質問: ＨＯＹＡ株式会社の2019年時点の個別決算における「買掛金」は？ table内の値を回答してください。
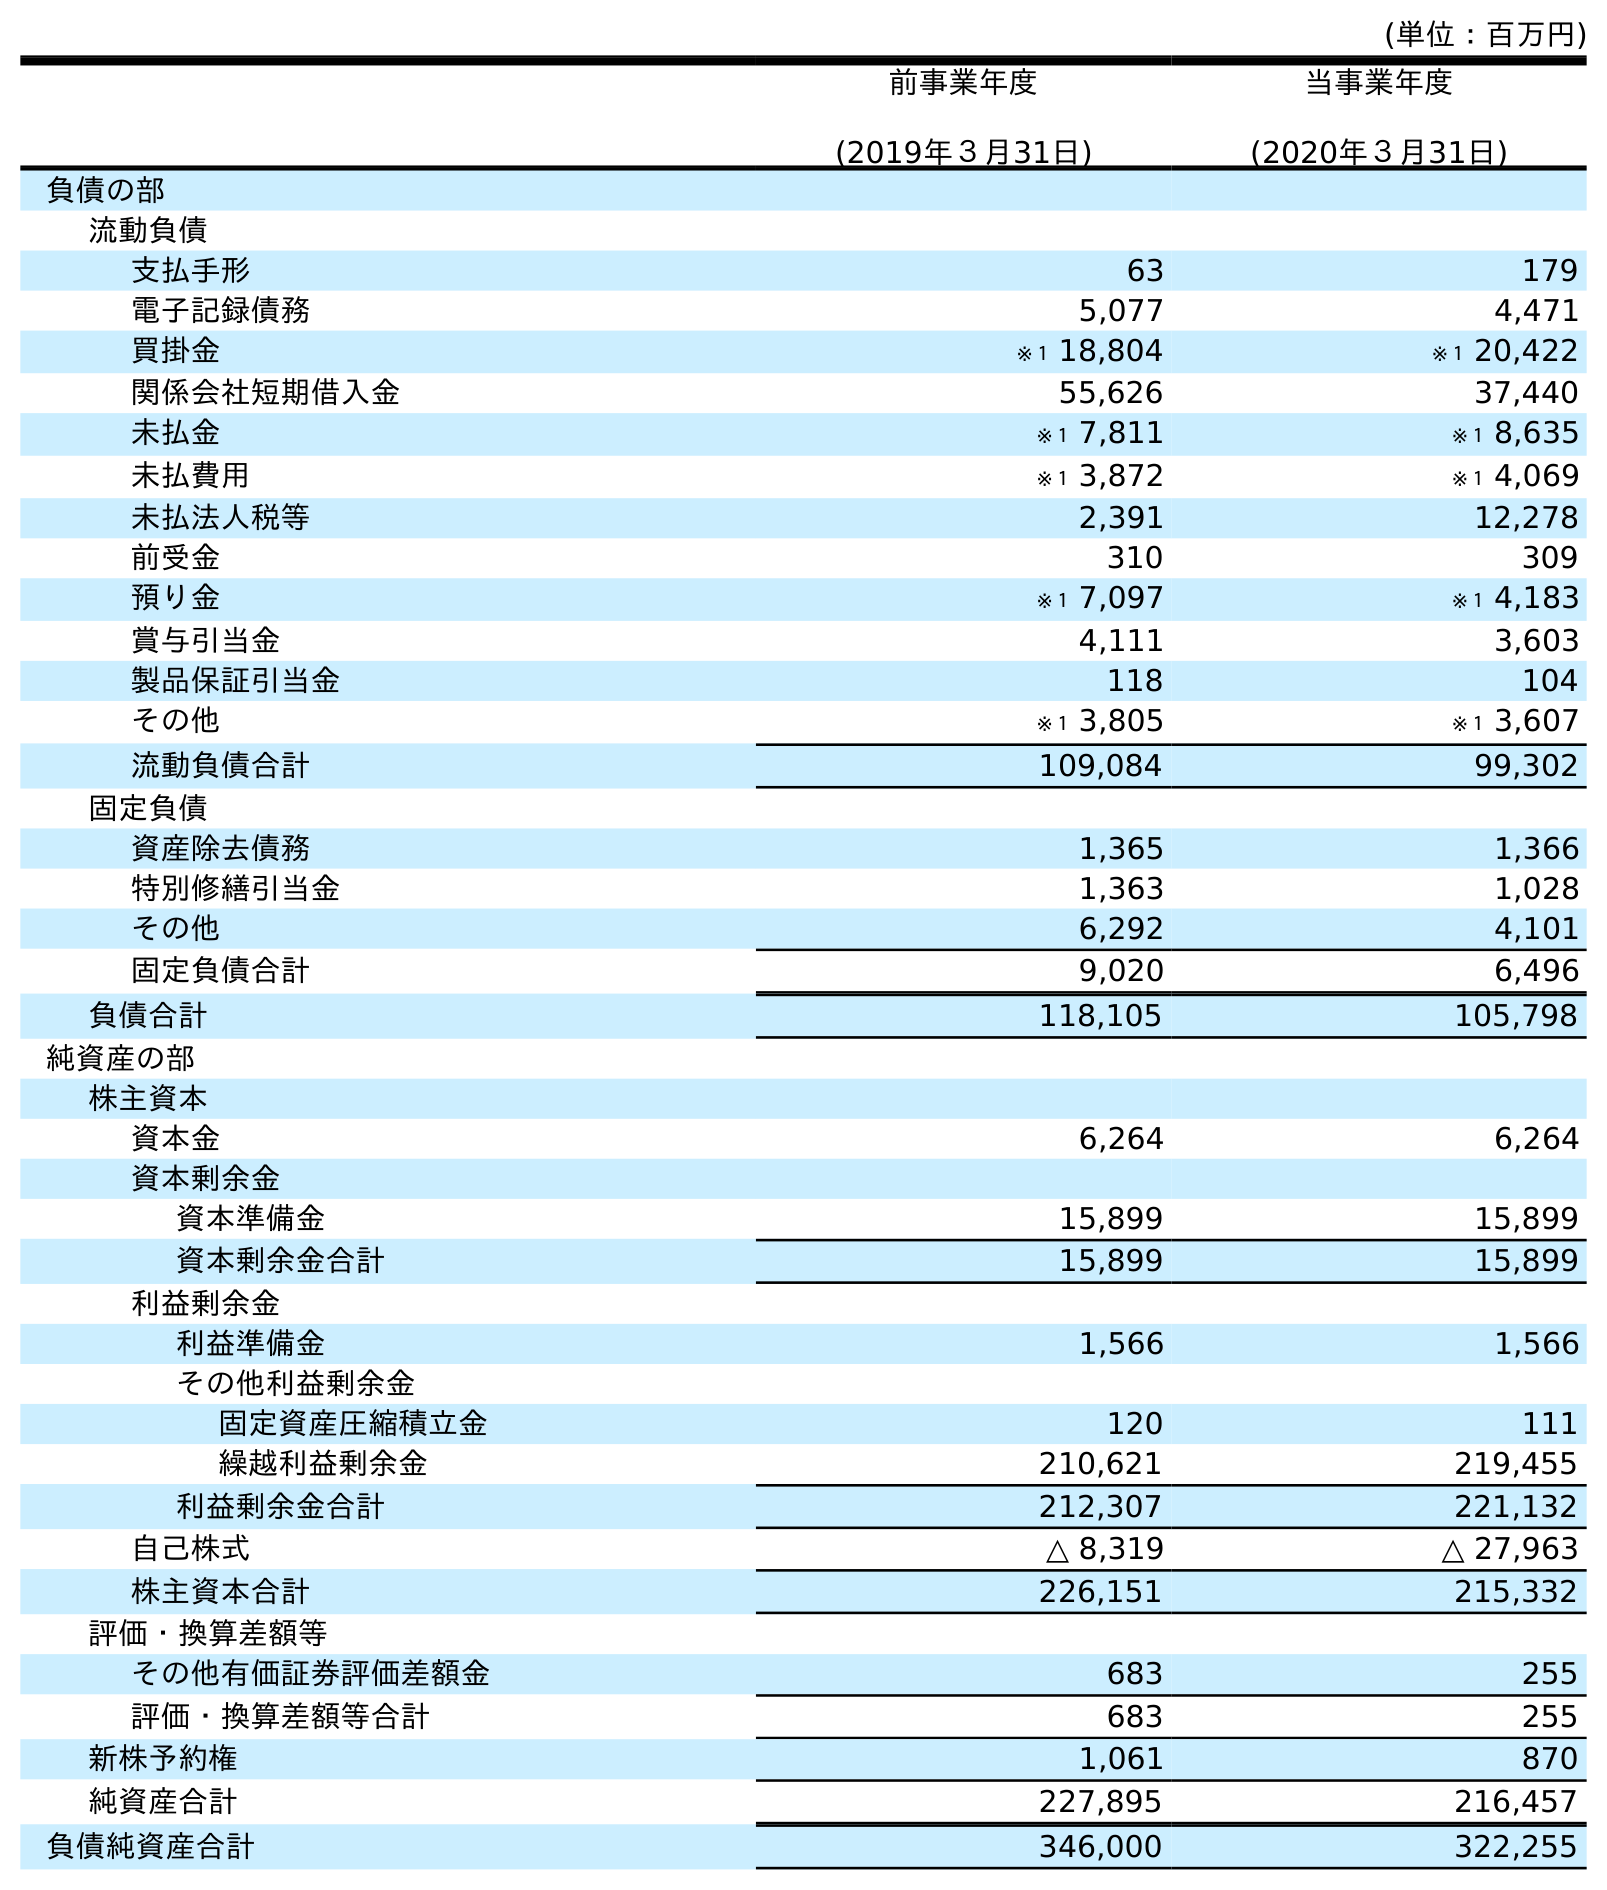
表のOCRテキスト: (単位：百万円) 前事業年度 (2019年３月31日) 当事業年度 (2020年３月31日) 負債の部 流動負債 支払手形 63 179 電子記録債務 5,077 4,471 買掛金 ※１ 18,804 ※１ 20,422 関係会社短期借入金 55,626 37,440 未払金 ※１ 7,811 ※１ 8,635 未払費用 ※１ 3,872 ※１ 4,069 未払法人税等 2,391 12,278 前受金 310 309 預り金 ※１ 7,097 ※１ 4,183 賞与引当金 4,111 3,603 製品保証引当金 118 104 その他 ※１ 3,805 ※１ 3,607 流動負債合計 109,084 99,302 固定負債 資産除去債務 1,365 1,366 特別修繕引当金 1,363 1,028 その他 6,292 4,101 固定負債合計 9,020 6,496 負債合計 118,105 105,798 純資産の部 株主資本 資本金 6,264 6,264 資本剰余金 資本準備金 15,899 15,899 資本剰余金合計 15,899 15,899 利益剰余金 利益準備金 1,566 1,566 その他利益剰余金 固定資産圧縮積立金 120 111 繰越利益剰余金 210,621 219,455 利益剰余金合計 212,307 221,132 自己株式 △ 8,319 △ 27,963 株主資本合計 226,151 215,332 評価・換算差額等 その他有価証券評価差額金 683 255 評価・換算差額等合計 683 255 新株予約権 1,061 870 純資産合計 227,895 216,457 負債純資産合計 346,000 322,255
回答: ※１18,804